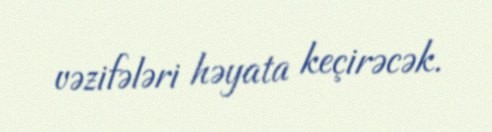
vəzifələri həyata keçirəcək.